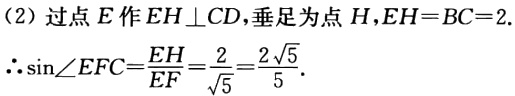
（2）过点 \(E\) 作 \(EH\perp CD\)，垂足为点 \(H\)，\(EH = BC = 2\).

\(\therefore\sin\angle EFC=\frac{EH}{EF}=\frac{2}{\sqrt{5}}=\frac{2\sqrt{5}}{5}\).